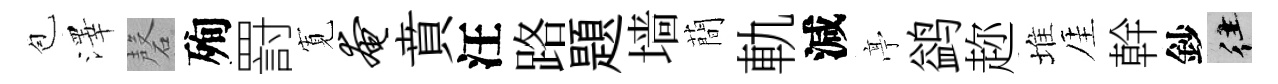
苞澤磬殉罸𡩖奄賁汪路題墙蕳軌減𠅘鹢趂堆厓幹鈔往